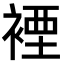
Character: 𧛑